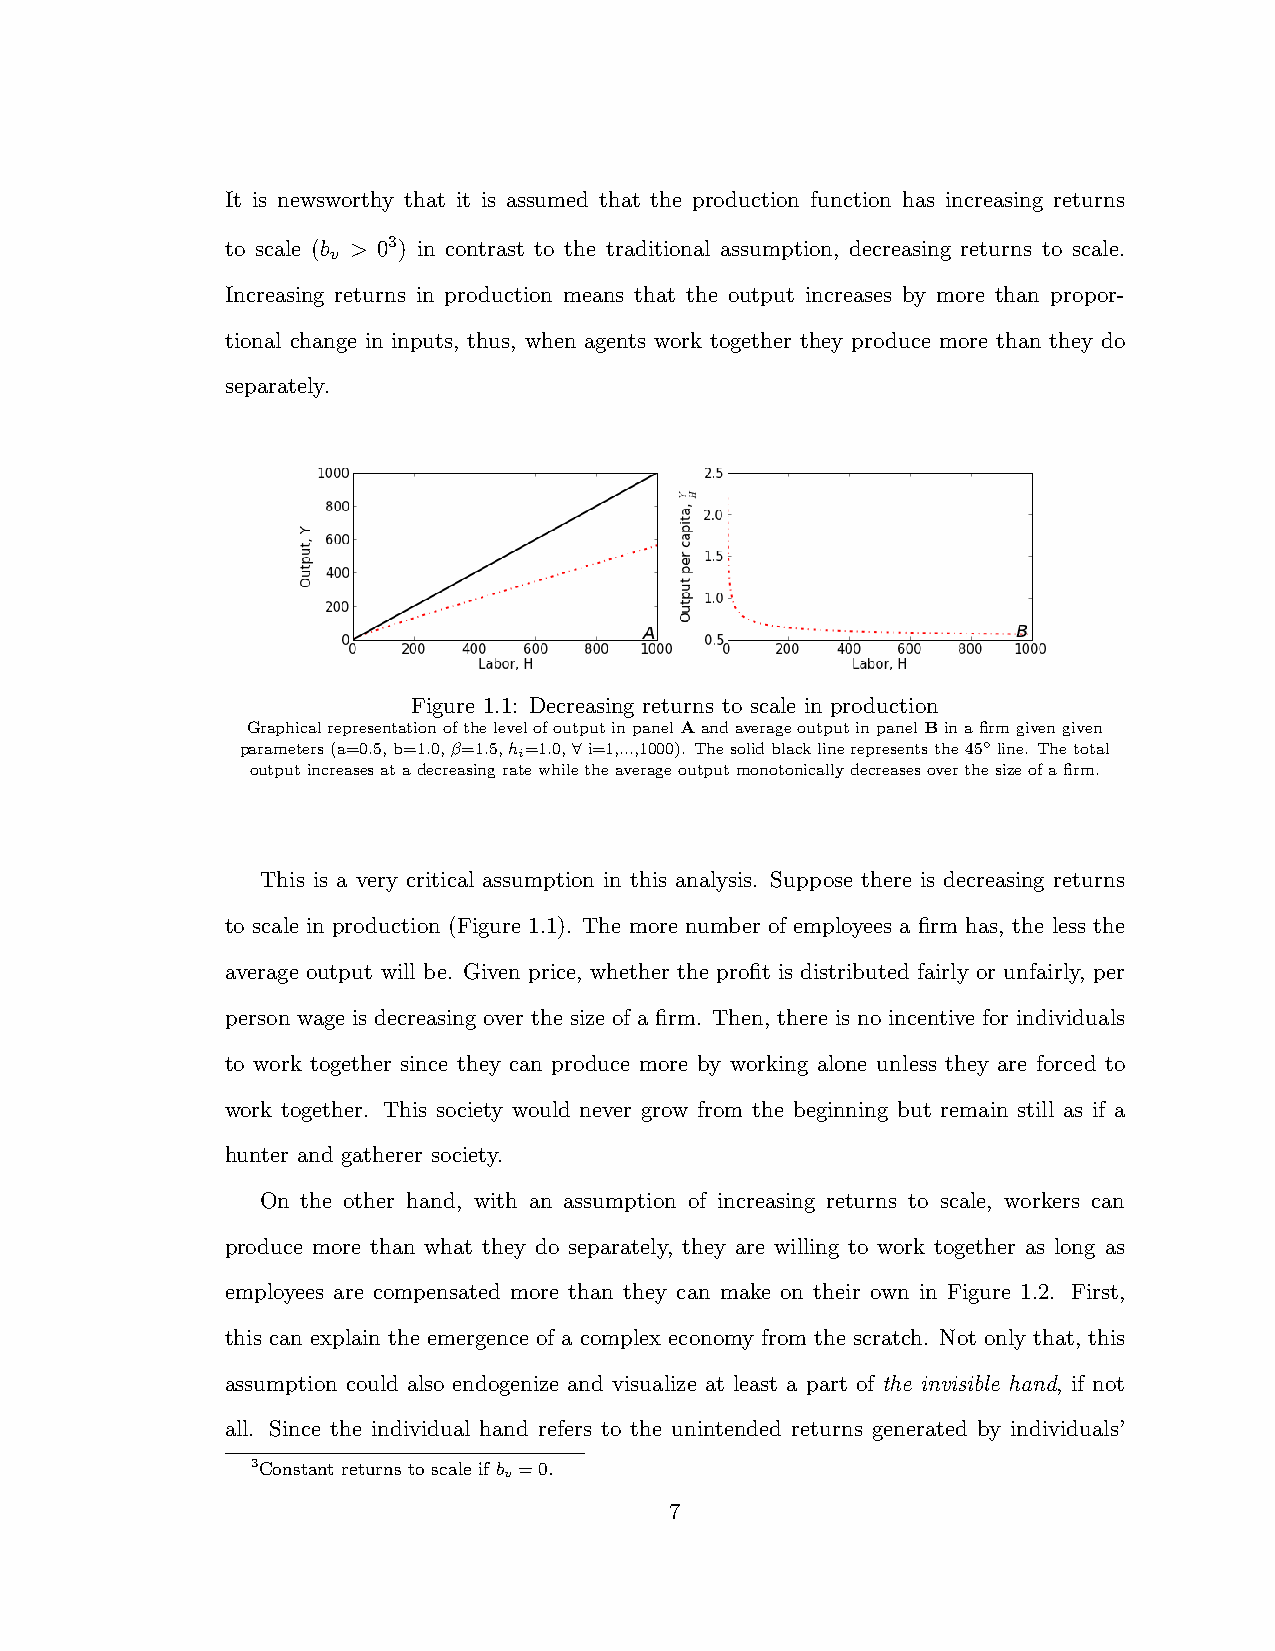
It is newsworthy that it is assumed that the production function has increasing returns
 to scale (b > 03) in contrast to the traditional assumption, decreasing returns to scale.
 v
 Increasing returns in production means that the output increases by more than propor-
 tional change in inputs, thus, when agents work together they produce more than they do
 separately.
 Figure 1.1: Decreasing returns to scale in production
 GraphicalrepresentationofthelevelofoutputinpanelAandaverageoutputinpanelBinafirmgivengiven
 parameters(a=0.5,b=1.0,=1.5,hi=1.0, 8i=1,...,1000). Thesolidblacklinerepresentsthe45 line. Thetotal
 outputincreasesatadecreasingratewhiletheaverageoutputmonotonicallydecreasesoverthesizeofafirm.
 This is a very critical assumption in this analysis. Suppose there is decreasing returns
 to scale in production (Figure 1.1). The more number of employees a firm has, the less the
 average output will be. Given price, whether the profit is distributed fairly or unfairly, per
 person wage is decreasing over the size of a firm. Then, there is no incentive for individuals
 to work together since they can produce more by working alone unless they are forced to
 work together. This society would never grow from the beginning but remain still as if a
 hunter and gatherer society.
 On the other hand, with an assumption of increasing returns to scale, workers can
 produce more than what they do separately, they are willing to work together as long as
 employees are compensated more than they can make on their own in Figure 1.2. First,
 this can explain the emergence of a complex economy from the scratch. Not only that, this
 assumption could also endogenize and visualize at least a part of the invisible hand, if not
 all. Since the individual hand refers to the unintended returns generated by individuals’
 3Constant returns to scale if b =0.
 v
 7